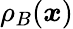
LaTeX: \rho_{B}({\boldsymbol{x}})